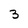
Character: 3